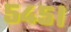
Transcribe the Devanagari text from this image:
५४५।